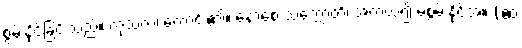
စွမ်းနိုင်ခြင်းသည်။ ကုသလံ၊ ကောင်း၏။ နောစေ သက္ကောတိ၊ အကယ်၍ မစွမ်းနိုင်အံ့။ (ဧဝံ